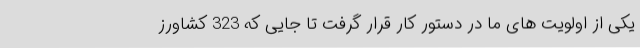
یکی از اولویت های ما در دستور کار قرار گرفت تا جایی که 323 کشاورز